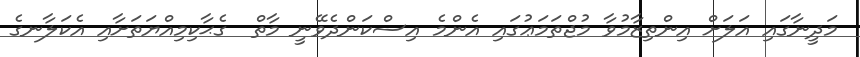
މަދީނާގައި އަލަށް އިންތިޒާމުވާ މުޖްތަމަޢުގައި އެންމެ އިސްކަންދެވޭނީ މާތް  ގެޙާކިމިއްޔަތަށާއި އެކަލާނގެ